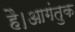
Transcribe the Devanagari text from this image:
है।आगंतुक